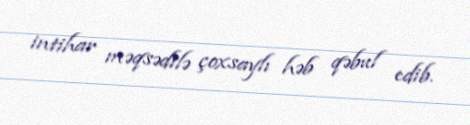
intihar məqsədilə çoxsaylı həb qəbul edib.